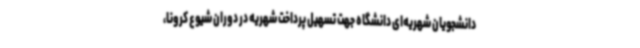
دانشجویان شهریه‌ای دانشگاه جهت تسهیل پرداخت شهریه در دوران شیوع کرونا،